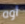
أوه